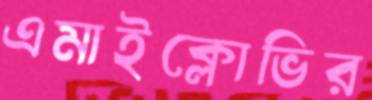
এমাইক্লোভির